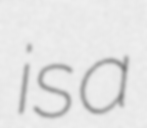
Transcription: is a